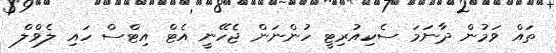
ތައް ވަމުން ދާނަމަ ސެކިއުރިޓީ ހުންނަން ޖެހޭނީ އެޓް އިޓްސް ހައި ލެވްލް